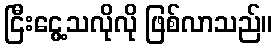
ငြီးငွေ့သလိုလို ဖြစ်လာသည်။